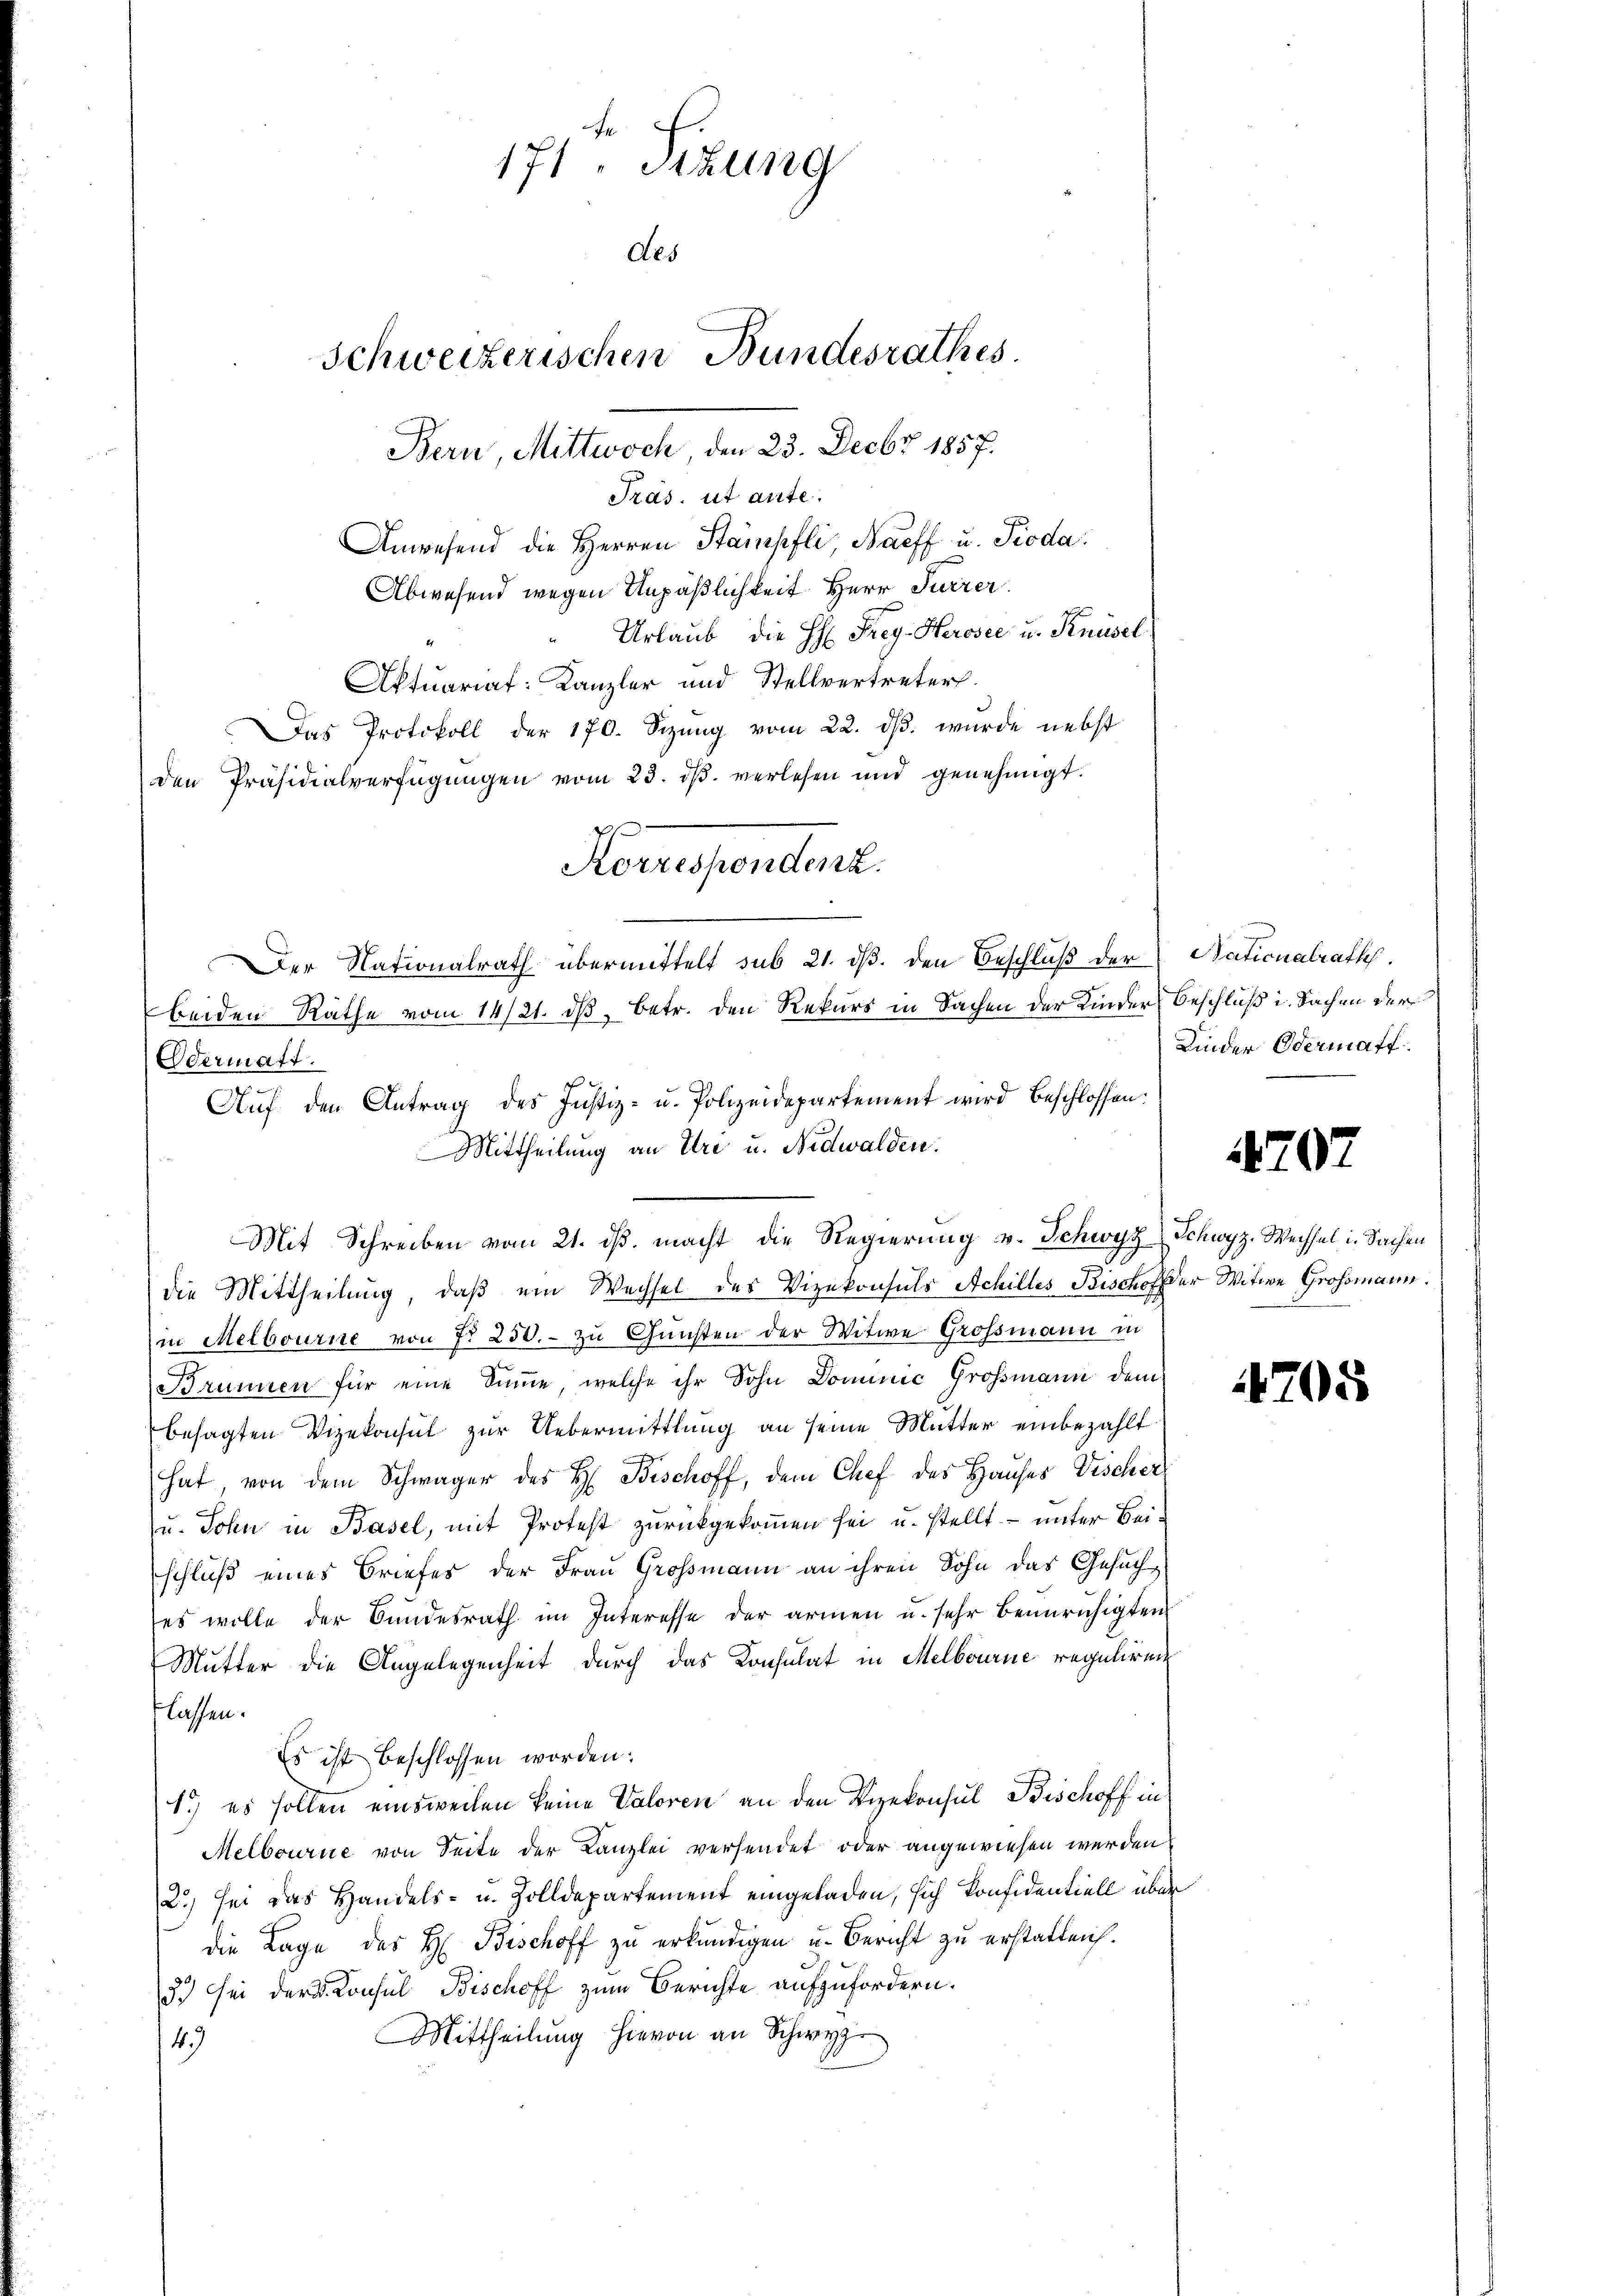
A
171 sezung
des
Schweizerischen Bundesrathes.
Bern, Mittwoch, den 23. Decbr 1857.

Pras. ut ante.
Anwesend die Herren Stämpfli, Naeff u. Pioda:
Abwesend wegen Unpäßlichkeit Herr Furrer
Urlaub, die H: Frey-Herosee u. Knüsel.
Aktuariaf: Kanzler und Stellvertreter
Das Protokoll der 170. Sizung vom 22. ds. wurde nebst
den Präsidialverfügŭngen vom 23. dβ verlesen und genehmigt.
Odermatt.
die Mittheilung, daß ein Wechsel des Vizekonsuls Achilles Bischof der Witwe Grossmann.
in Melbourne von No 250.- zu Gunsten der Witwe Großmann in
Brunnen für eine Summe, welche ihr Sohn Dominić Grossmann dem
besagten Vizekonsul zur Uebermittlung an seine Mutter einbezahlt
hat, von dem Schwager des H. Beschoff, dem Chef des Hauses Vischer
u. Sohn in Basel, mit Protest zurückgekommen sei u. stellt unter Beischluß eines Briefes der Frau Großmann an ihren Sohn das Gesuches wolle der Bundesrath im Interesse der armen u. sehr beunruhigten
Mutter die Angelegenheit durch das Konsulat in Melbourne reguliren
flassen.
Es ist beschlossen worden:
1.) es sollen einsweilen keine Valoren an den Vizekonsul Bischoff in
Melbourie von Seite der Kanzlei versendet oder angewiesen werden,
2) sei das Handels- u. Zolldepartement eingeladen, sich konfidentiell über
die Lage des H. Bischoff zu erkundigen u. Bericht zu erstatten.
3.) Sei der Konsul Bischoff zum Berichte aufzufordern.
Mittheilung hievon an Schwyz
149

Forrespondert.
Der Nationalrath übermittelt sub 21. dß. den Beschluß der Nationalrath.
beiden Räthe vom 14/21. ds Betr. den Rekurs in Sachen der Kinder Beschluß in Sachen der
Aŭf den Antrag des Justiz- u. Polizeidepartement wird beschlossen:
Mittheilung an Ure u. Nidwalden.
Mit Schreiben vom 21. ds. macht die Regierung u. Schwyz Schwyz, Wechsel in Sachen

Kinder Odermatt

707

705